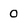
Character: 0